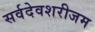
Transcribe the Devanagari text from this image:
सर्वदेवशरीजम